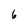
Character: 6